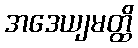
အဒေယျမတ္ထိ